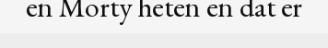
en Morty heten en dat er